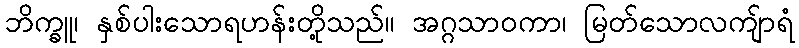
ဘိက္ခူ၊ နှစ်ပါးသောရဟန်းတို့သည်။ အဂ္ဂသာဝကာ၊ မြတ်သောလကျ်ာရံ